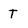
Character: T